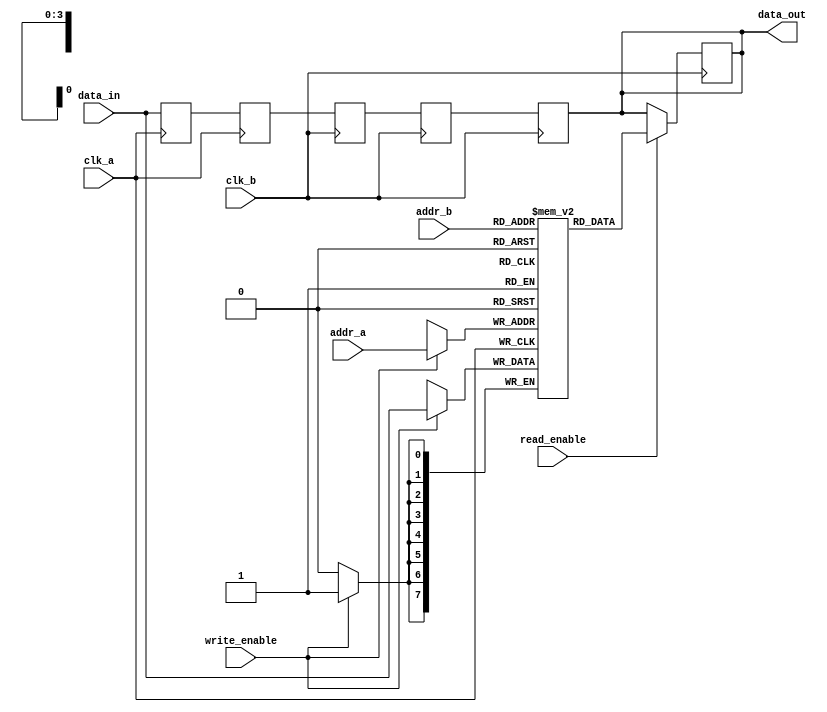
module MemoryBlocks #(
    parameter DATA_WIDTH = 8,
    parameter ADDR_WIDTH = 4,
    parameter DELAY_CYCLES = 2,
    parameter MEMORY_SIZE = (1 << ADDR_WIDTH)
)(
    input wire clk_a,
    input wire clk_b,
    input wire [ADDR_WIDTH-1:0] addr_a,
    input wire [ADDR_WIDTH-1:0] addr_b,
    input wire [DATA_WIDTH-1:0] data_in,
    input wire write_enable,
    input wire read_enable,
    output reg [DATA_WIDTH-1:0] data_out
);

    // Memory Array
    reg [DATA_WIDTH-1:0] memory [0:MEMORY_SIZE-1];

    // Safe Delay Line
    reg [DATA_WIDTH-1:0] delay_line [0:DELAY_CYCLES-1];

    // Control Logic
    always @(posedge clk_a) begin
        if (write_enable) begin
            memory[addr_a] <= data_in; // Write operation
        end
    end

    // Read Operation with Safe Delay
    always @(posedge clk_b) begin
        if (read_enable) begin
            data_out <= memory[addr_b]; // Read operation
        end
    end

    // Delay Line Logic
    genvar i;
    generate
        for (i = 0; i < DELAY_CYCLES; i = i + 1) begin : delay_line_gen
            always @(posedge clk_a) begin
                if (i == 0) begin
                    delay_line[i] <= data_in; // First stage of delay line
                end else begin
                    delay_line[i] <= delay_line[i-1]; // Propagate the signal through the delay line
                end
            end
        end
    endgenerate

    // Synchronization Logic
    reg [DATA_WIDTH-1:0] sync_data;
    reg [DATA_WIDTH-1:0] sync_data_reg1, sync_data_reg2;

    always @(posedge clk_b) begin
        sync_data_reg1 <= delay_line[DELAY_CYCLES-1]; // Synchronize the last stage of delay line
        sync_data_reg2 <= sync_data_reg1; // Further synchronization to mitigate metastability
    end

    // Output the synchronized data
    always @(posedge clk_b) begin
        data_out <= sync_data_reg2;
    end

endmodule